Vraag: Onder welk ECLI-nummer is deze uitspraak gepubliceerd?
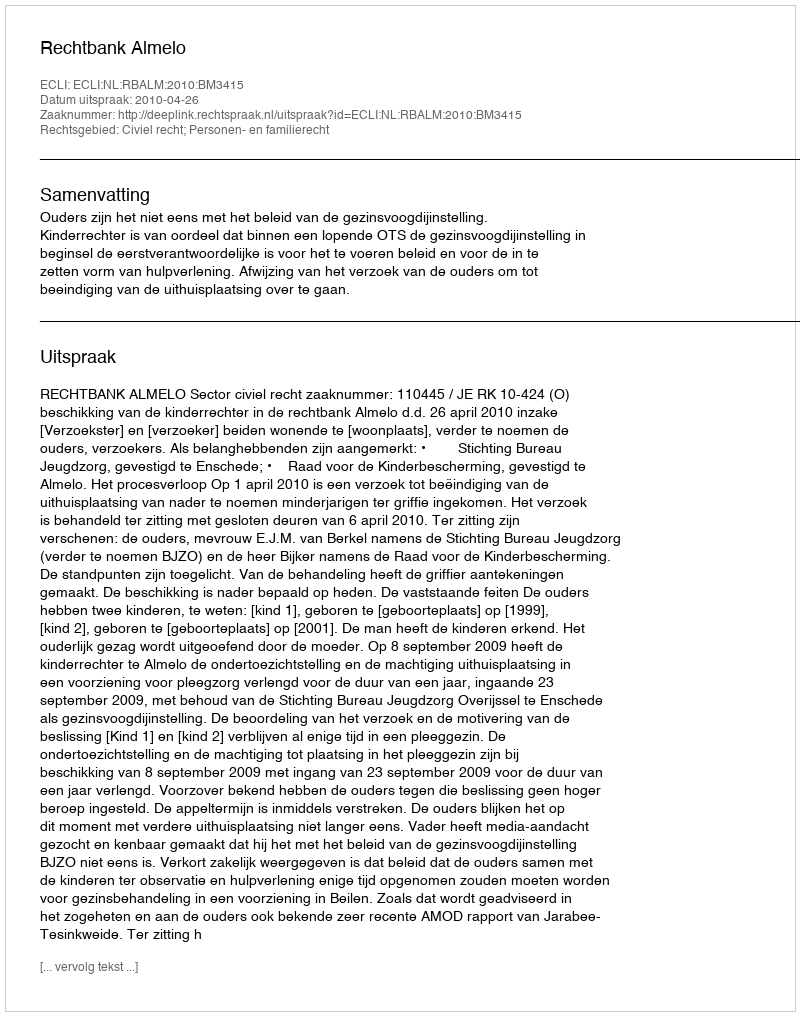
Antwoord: ECLI:NL:RBALM:2010:BM3415